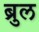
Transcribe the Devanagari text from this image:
ब्रुल